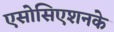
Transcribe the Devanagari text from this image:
एसोसिएशनके